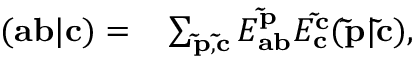
\begin{array} { r l } { ( \mathbf { a } \mathbf { b } | \mathbf { c } ) = } & { { } \sum _ { \mathbf { \tilde { p } } , \mathbf { \tilde { c } } } E _ { \mathbf { a b } } ^ { \mathbf { \tilde { p } } } E _ { \mathbf { c } } ^ { \mathbf { \tilde { c } } } ( \mathbf { \tilde { p } } | \mathbf { \tilde { c } } ) , } \end{array}